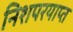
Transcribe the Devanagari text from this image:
निशपरयाप्त